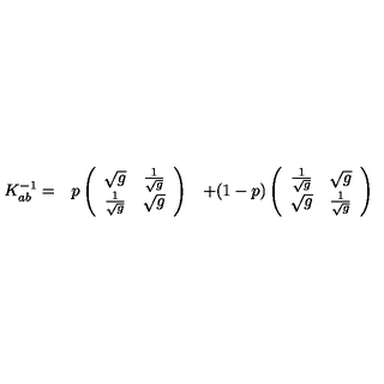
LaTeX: \begin{array} { c c c } { K _ { a b } ^ { - 1 } = } & { p \left( \begin{array} { c c } { \sqrt { g } } & { { \frac { 1 } { \sqrt { g } } } } \\ { { \frac { 1 } { \sqrt { g } } } } & { \sqrt { g } } \\ \end{array} \right) } & { + ( 1 - p ) \left( \begin{array} { c c } { { \frac { 1 } { \sqrt { g } } } } & { \sqrt { g } } \\ { \sqrt { g } } & { { \frac { 1 } { \sqrt { g } } } } \\ \end{array} \right) } \\ \end{array}